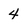
Character: 4